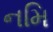
નમિ